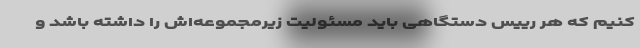
کنیم که هر رییس دستگاهی باید مسئولیت زیرمجموعه‌اش را داشته باشد و